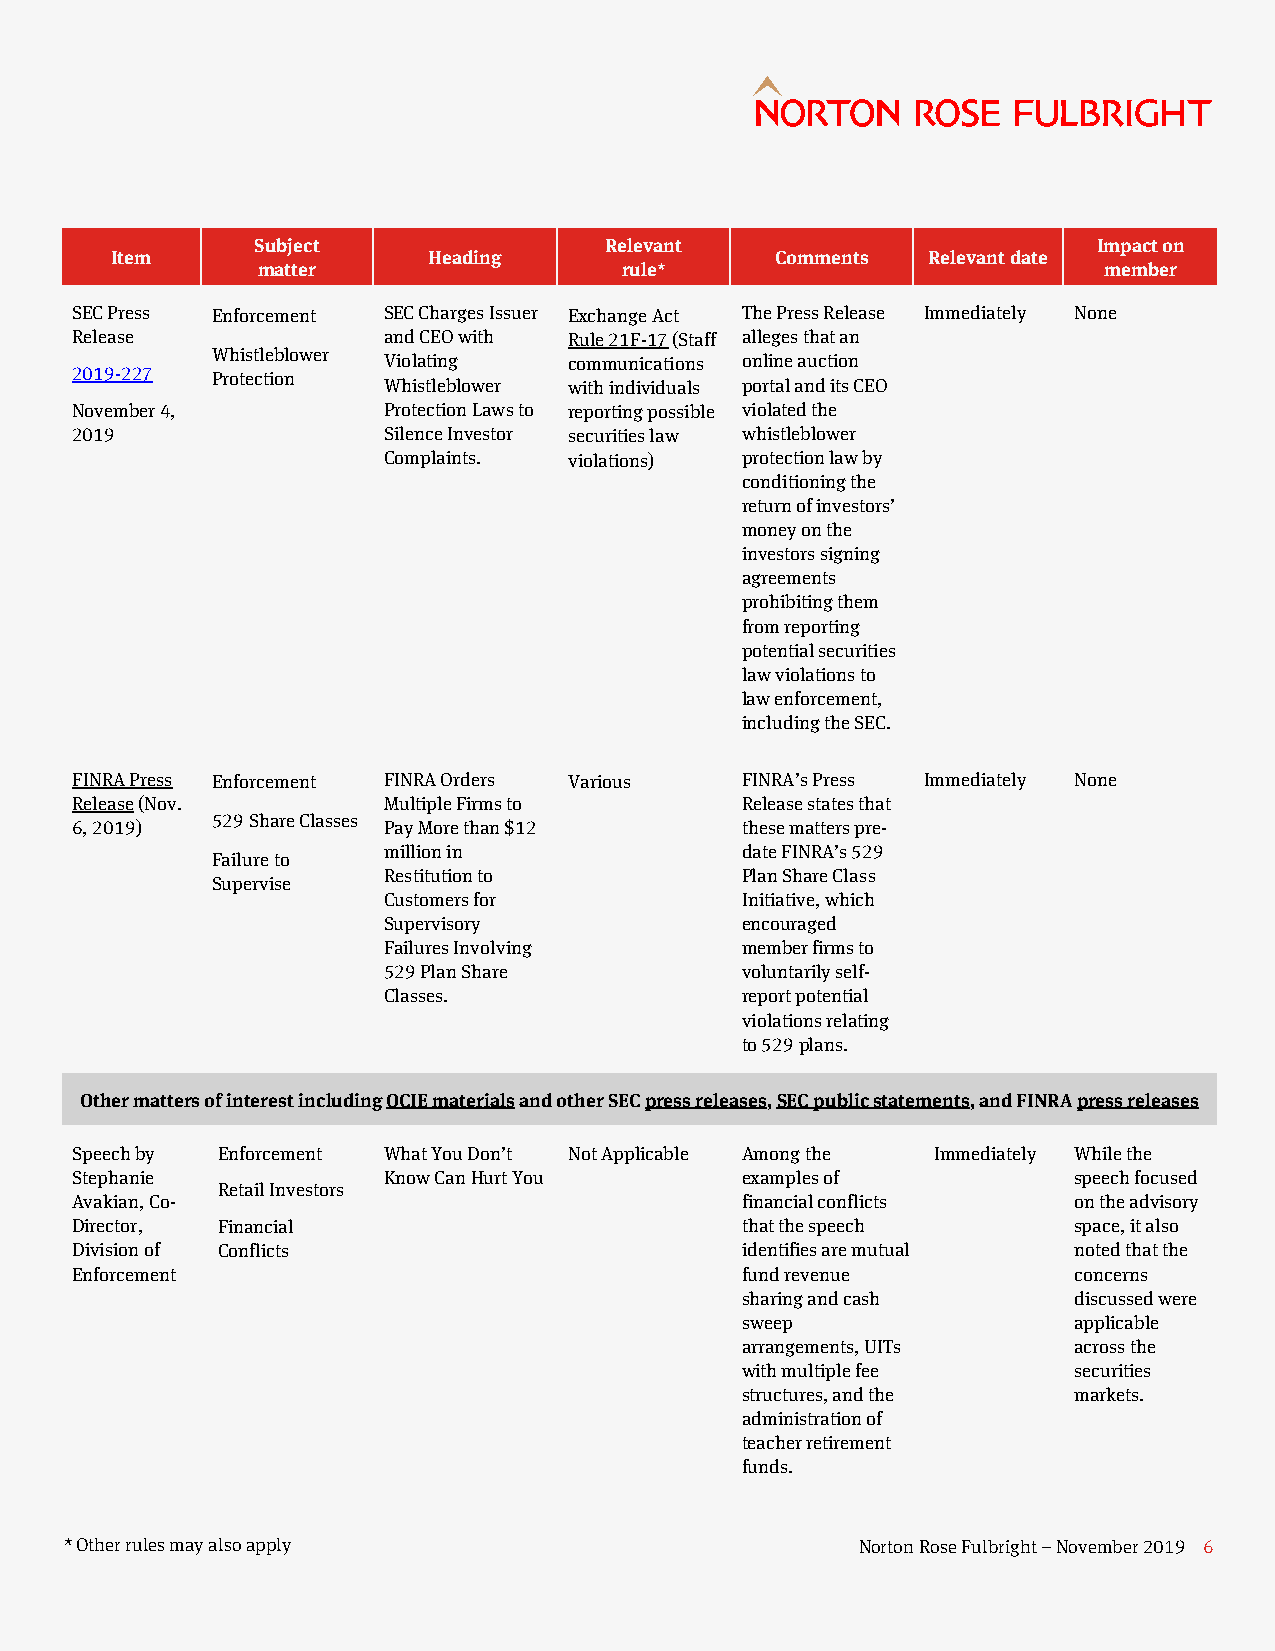
Subject                Relevant                         Impact on
 Item                 Heading                Comments  Relevant date
 matter                  rule*                           member
 SEC Press Enforcement SEC Charges Issuer Exchange Act The Press Release Immediately None
 Release             and CEO with Rule 21F-17 (Staff alleges that an
 Whistleblower
 Violating    communications online auction
 2019-227 Protection
 Whistleblower with individuals portal and its CEO
 November 4,         Protection Laws to reporting possible violated the
 2019                Silence Investor securities law whistleblower
 Complaints.  violations) protection law by
 conditioning the
 return of investors’
 money on the
 investors signing
 agreements
 prohibiting them
 from reporting
 potential securities
 law violations to
 law enforcement,
 including the SEC.
 FINRA Press Enforcement FINRA Orders Various FINRA’s Press Immediately None
 Release (Nov.       Multiple Firms to       Release states that
 529 Share Classes
 6, 2019)            Pay More than $12       these matters pre-
 million in              date FINRA’s 529
 Failure to
 Restitution to          Plan Share Class
 Supervise
 Customers for           Initiative, which
 Supervisory             encouraged
 Failures Involving      member firms to
 529 Plan Share          voluntarily self-
 Classes.                report potential
 violations relating
 to 529 plans.
 Other matters of interest including OCIE materials and other SEC press releases, SEC public statements, and FINRA press releases
 Speech by Enforcement What You Don’t Not Applicable Among the Immediately While the
 Stephanie           Know Can Hurt You       examples of           speech focused
 Retail Investors
 Avakian, Co-                                financial conflicts   on the advisory
 Director, Financial                         that the speech       space, it also
 Division of Conflicts                       identifies are mutual noted that the
 Enforcement                                 fund revenue          concerns
 sharing and cash      discussed were
 sweep                 applicable
 arrangements, UITs    across the
 with multiple fee     securities
 structures, and the   markets.
 administration of
 teacher retirement
 funds.
 * Other rules may also apply                         Norton Rose Fulbright – November 2019 6